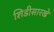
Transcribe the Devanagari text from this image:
शिडीसारखे